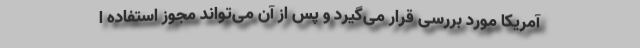
آمریکا مورد بررسی قرار می‌گیرد و پس از آن می‌تواند مجوز استفاده ا